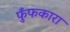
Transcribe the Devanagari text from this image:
फुँफकारा